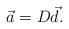
LaTeX: \begin{align*}\vec{a}=D\vec{d}.\end{align*}